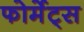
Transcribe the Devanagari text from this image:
फोर्मेट्स